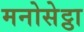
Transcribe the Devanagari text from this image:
मनोसेट्ठा